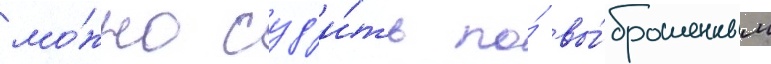
мо́жно суд'и́ть по́ вы́брошенным